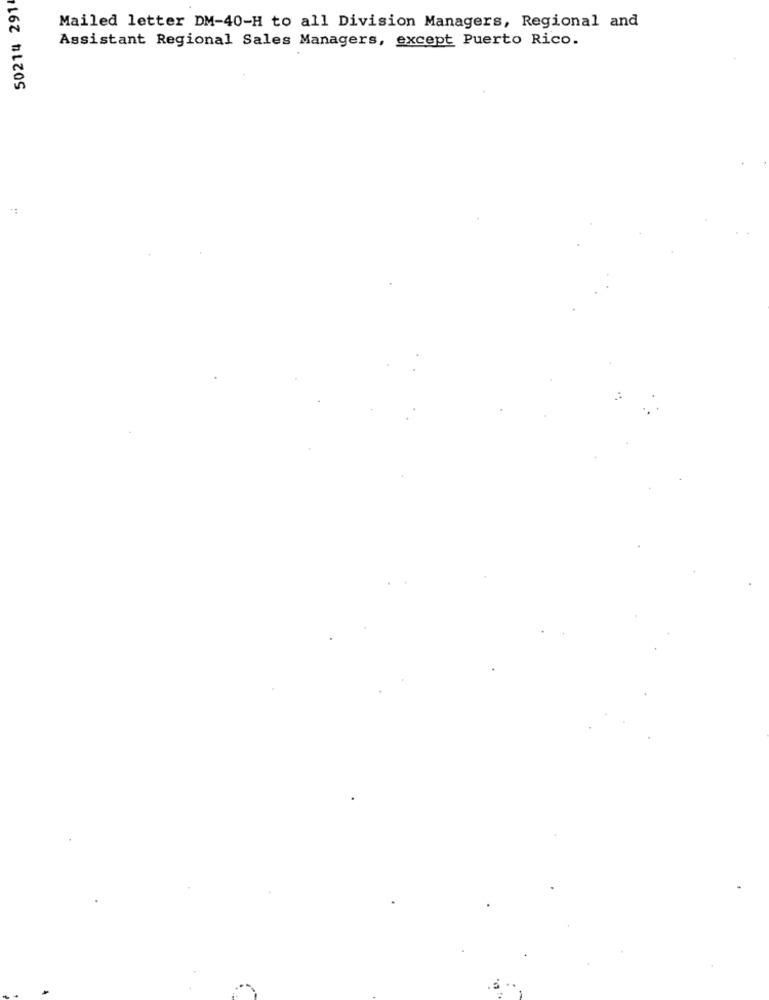
50214 291
Mailed letter DM-40-H to all Division Managers, Regional and
Assistant Regional Sales Managers, except Puerto Rico.